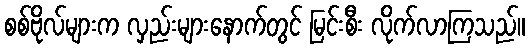
စစ်ဗိုလ်များက လှည်းများနောက်တွင် မြင်းစီး လိုက်လာကြသည်။